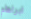
ابراهام